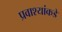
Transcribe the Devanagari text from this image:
प्रवाश्यांकडे